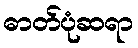
ဓာတ်ပုံဆရာ